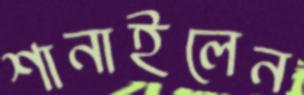
শানাইলেন